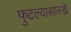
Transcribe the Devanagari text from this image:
फुटल्यासारखे